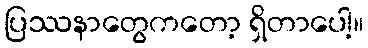
ပြဿနာတွေကတော့ ရှိတာပေါ့။